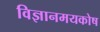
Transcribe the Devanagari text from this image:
विज्ञानमयकोष